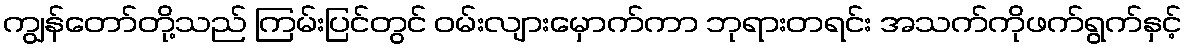
ကျွန်တော်တို့သည် ကြမ်းပြင်တွင် ဝမ်းလျားမှောက်ကာ ဘုရားတရင်း အသက်ကိုဖက်ရွက်နှင့်